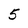
Character: 5